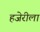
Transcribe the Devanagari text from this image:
हजेरीला